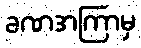
ခဏအကြာမှ